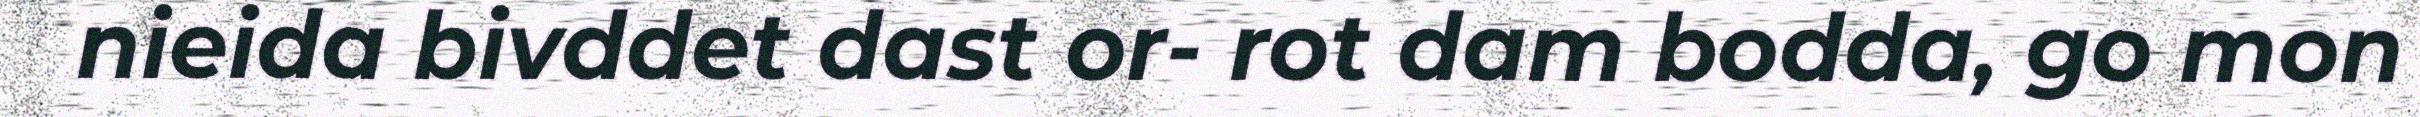
nieida bivddet dast or- rot dam bodda, go mon